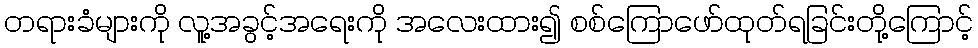
တရားခံများကို လူ့အခွင့်အရေးကို အလေးထား၍ စစ်ကြောဖော်ထုတ်ရခြင်းတို့ကြောင့်